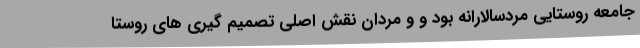
جامعه روستایی مردسالارانه بود و و مردان نقش اصلی تصمیم گیری های روستا